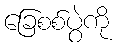
ခြေစစ်ပွဲကို